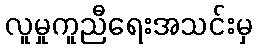
လူမှုကူညီရေးအသင်းမှ